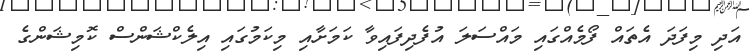
އަދި މިފަދަ އެތައް ފޯމެއްގައި މައްސަލަ އުފެދިފައިވާ ކަމަށާއި މިކަމުގައި އިލެކްޝަންސް ކޮމިޝަންގެ